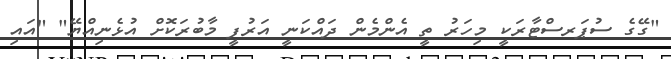
"ގޭގެ ސުޕަރސްޓާރަކީ މިހަރު ތީ އެންމެން ދައްކަނީ އަރުފީ މާބުރަކޮށް އުޅެނިއްޔޭ" "އައި